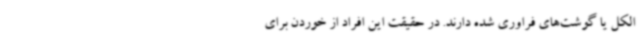
الکل یا گوشت‌های فراوری شده دارند. در حقیقت این افراد از خوردن برای